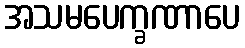
အသမပေက္ခဏာပေ